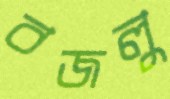
বজলু